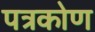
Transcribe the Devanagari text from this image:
पत्रकोण